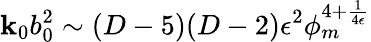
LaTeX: \mathbf{k}_{0}b_{0}^{2}\sim(D-5)(D-2)\epsilon^{2}\phi_{m}^{4+{\frac{{1}}{{4\epsilon}}}}